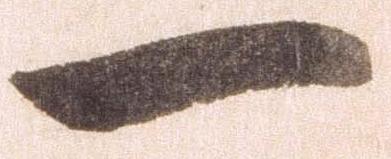
一